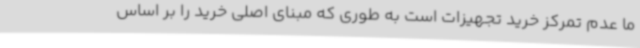
ما عدم تمرکز خرید تجهیزات است به طوری که مبنای اصلی خرید را بر اساس